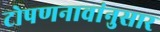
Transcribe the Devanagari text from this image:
टोपणनावांनुसार